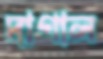
দাগাল